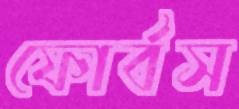
ফোর্বস